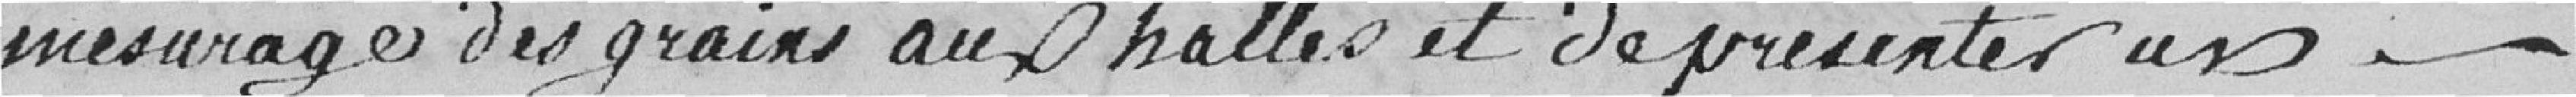
mesurage des grains aux halles et de présenter ainsi